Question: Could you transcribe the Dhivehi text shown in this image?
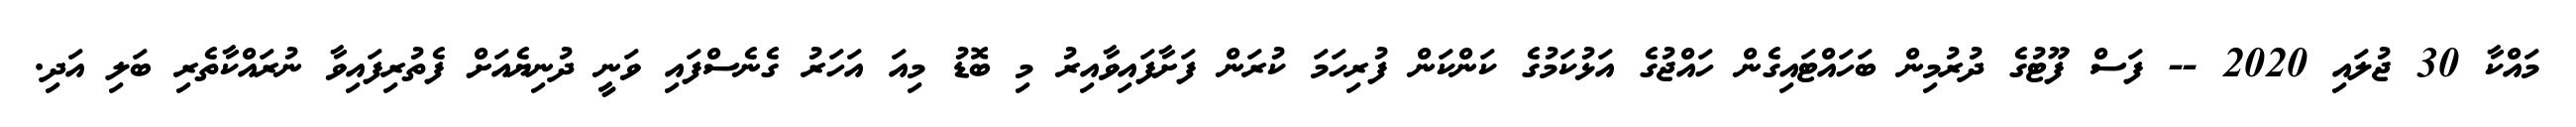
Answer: މައްކާ 30 ޖުލައި 2020 -- ފަސް ފޫޓުގެ ދުރުމިން ބަހައްޓައިގެން ހައްޖުގެ އަޅުކަމުގެ ކަންކަން ފުރިހަމަ ކުރަން ފަށާފައިވާއިރު މި ބޮޑު މިއަ އަހަރު ގެނެސްފައި ވަނީ ދުނިޔެއަށް ފެތުރިފައިވާ ނުރައްކާތެރި ބަލި އަދި.